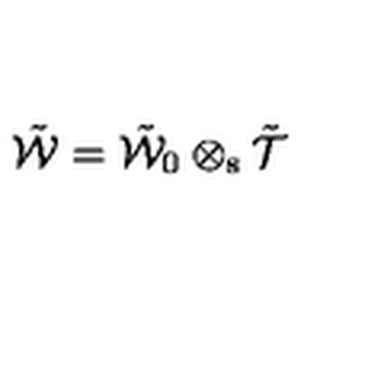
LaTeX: \tilde { \cal W } = \tilde { \cal W } _ { 0 } \otimes _ { \mathrm { s } } \tilde { { \cal T } }